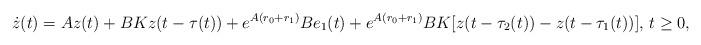
LaTeX: \begin{align*}\dot z(t)=Az(t)+BKz(t-\tau(t))+e^{A(r_0+r_1)}Be_1(t)+e^{A(r_0+r_1)}BK[z(t-\tau_2(t))-z(t-\tau_1(t))],\,t\ge0,\end{align*}